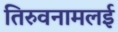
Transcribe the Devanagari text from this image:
तिरुवनामलई